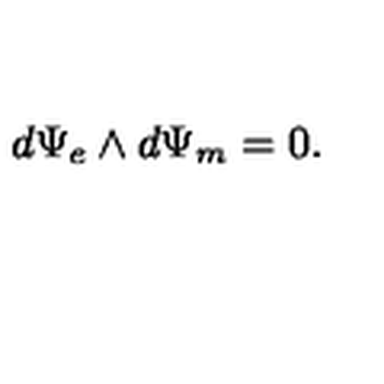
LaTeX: d \Psi _ { e } \wedge d \Psi _ { m } = 0 .